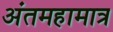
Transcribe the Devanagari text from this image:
अंतमहामात्र